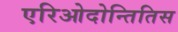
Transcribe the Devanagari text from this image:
एरिओदोन्तितिस